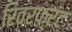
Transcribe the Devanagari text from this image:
रिवरफ्रंट